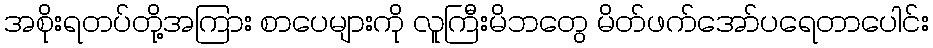
အစိုးရတပ်တို့အကြား စာပေများကို လူကြီးမိဘတွေ မိတ်ဖက်အော်ပရေတာပေါင်း